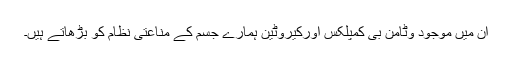
ان میں موجود وٹامن بی کمپلکس اورکیروٹین ہمارے جسم کے مناعتی نظام کو بڑھاتے ہیں۔